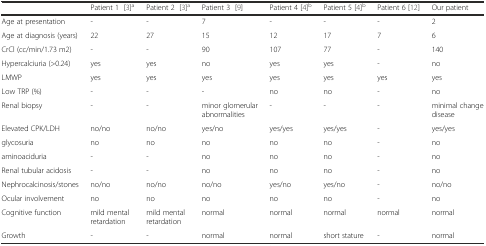
<table><thead><tr><td></td><td><b>Patient 1[3]<sup>a</sup></b></td><td><b>Patient 2[3]<sup>a</sup></b></td><td><b>Patient 3[9]</b></td><td><b>Patient 4 [4]<sup>b</sup></b></td><td><b>Patient 5 [4]<sup>b</sup></b></td><td><b>Patient 6 [12]</b></td><td><b>Our patient</b></td></tr></thead><tbody><tr><td>Age at presentation</td><td>-</td><td>-</td><td>7</td><td>-</td><td>-</td><td>-</td><td>2</td></tr><tr><td>Age at diagnosis (years)</td><td>22</td><td>27</td><td>15</td><td>12</td><td>17</td><td>7</td><td>6</td></tr><tr><td>CrCl (cc/min/1.73 m2)</td><td>-</td><td>-</td><td>90</td><td>107</td><td>77</td><td>-</td><td>140</td></tr><tr><td>Hypercalciuria (&gt;0.24)</td><td>yes</td><td>yes</td><td>no</td><td>yes</td><td>yes</td><td>-</td><td>no</td></tr><tr><td>LMWP</td><td>yes</td><td>yes</td><td>yes</td><td>yes</td><td>yes</td><td>yes</td><td>yes</td></tr><tr><td>Low TRP (%)</td><td>-</td><td>-</td><td>-</td><td>no</td><td>no</td><td>-</td><td>no</td></tr><tr><td>Renal biopsy</td><td>-</td><td>-</td><td>minor glomerular abnormalities</td><td>-</td><td>-</td><td>-</td><td>minimal change disease</td></tr><tr><td>Elevated CPK/LDH</td><td>no/no</td><td>no/no</td><td>yes/no</td><td>yes/yes</td><td>yes/yes</td><td>-</td><td>yes/yes</td></tr><tr><td>glycosuria</td><td>no</td><td>no</td><td>no</td><td>no</td><td>no</td><td>-</td><td>no</td></tr><tr><td>aminoaciduria</td><td>-</td><td>-</td><td>no</td><td>no</td><td>no</td><td>-</td><td>no</td></tr><tr><td>Renal tubular acidosis</td><td>-</td><td>-</td><td>no</td><td>no</td><td>no</td><td>-</td><td>no</td></tr><tr><td>Nephrocalcinosis/stones</td><td>no/no</td><td>no/no</td><td>no/no</td><td>yes/no</td><td>yes/no</td><td>-</td><td>no/no</td></tr><tr><td>Ocular involvement</td><td>no</td><td>no</td><td>no</td><td>no</td><td>no</td><td>-</td><td>no</td></tr><tr><td>Cognitive function</td><td>mild mental retardation</td><td>mild mental retardation</td><td>normal</td><td>normal</td><td>normal</td><td>normal</td><td>normal</td></tr><tr><td>Growth</td><td>-</td><td>-</td><td>normal</td><td>normal</td><td>short stature</td><td>-</td><td>normal</td></tr></tbody></table>